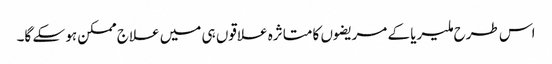
اس طرح ملیریا کے مریضوں کا متاثرہ علاقوں ہی میں علاج ممکن ہو سکے گا۔